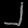
Digit: ၂